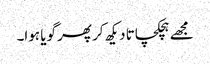
مجھے ہچکچاتا دیکھ کر پھر گویا ہوا۔